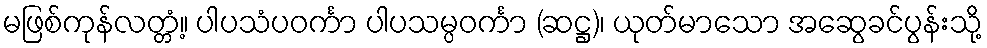
မဖြစ်ကုန်လတ္တံ့။ ပါပသံပဝင်္ကာ ပါပသမ္ပဝင်္ကာ (ဆဋ္ဌ)၊ ယုတ်မာသော အဆွေခင်ပွန်းသို့